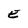
Character: E